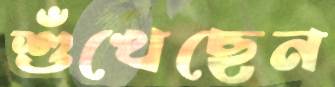
শুঁখেছেন